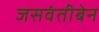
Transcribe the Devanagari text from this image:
जसवंतीबेन